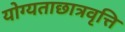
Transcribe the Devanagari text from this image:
योग्यताछात्रवृत्ति